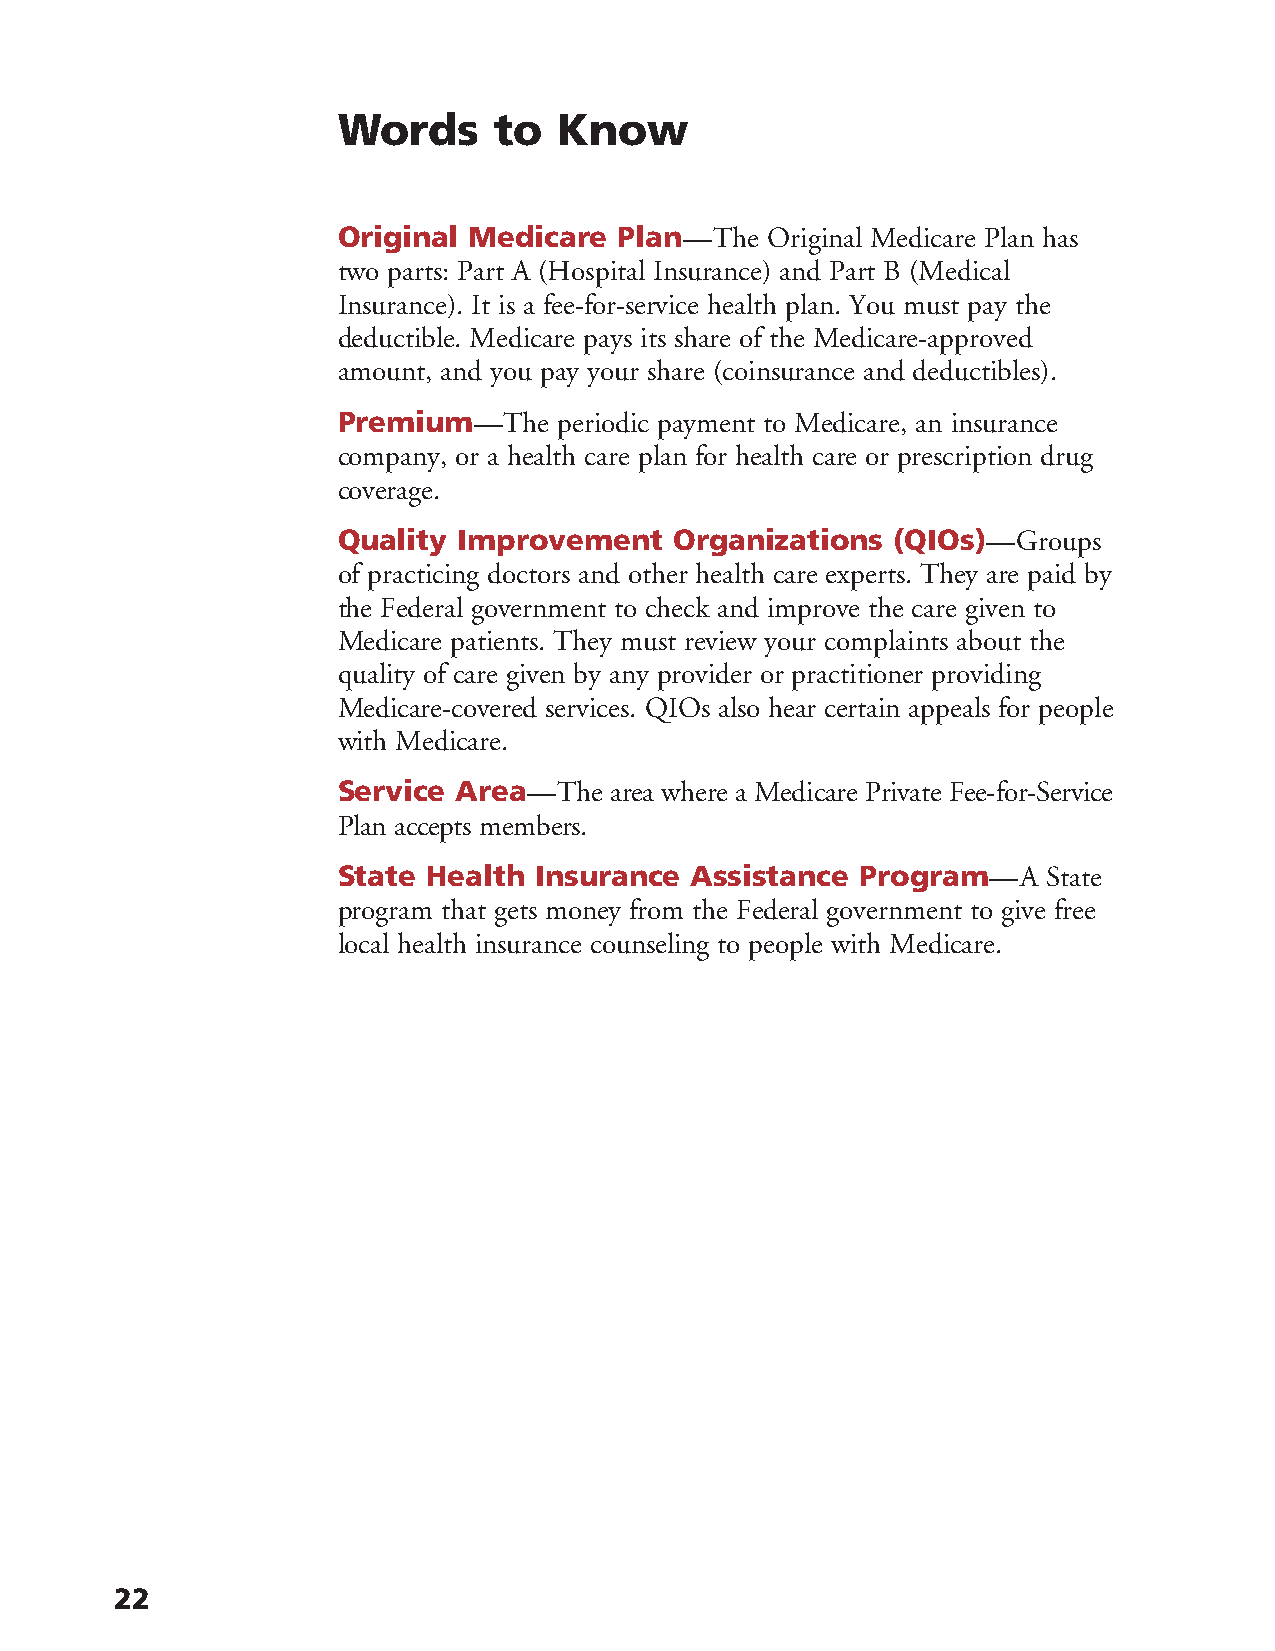
Words      to  Know
 Original Medicare  Plan—The  Original Medicare Plan has
 two parts: Part A (Hospital Insurance) and Part B (Medical
 Insurance). It is a fee-for-service health plan. You must pay the
 deductible. Medicare pays its share of the Medicare-approved
 amount, and you pay your share (coinsurance and deductibles).
 Premium—The    periodic payment to Medicare, an insurance
 company, or a health care plan for health care or prescription drug
 coverage.
 Quality Improvement    Organizations (QIOs)—Groups
 of practicing doctors and other health care experts. They are paid by
 the Federal government to check and improve the care given to
 Medicare patients. They must review your complaints about the
 quality of care given by any provider or practitioner providing
 Medicare-covered services. QIOs also hear certain appeals for people
 with Medicare.
 Service Area—The  area where a Medicare Private Fee-for-Service
 Plan accepts members.
 State Health Insurance  Assistance Program—A   State
 program that gets money from the Federal government to give free
 local health insurance counseling to people with Medicare.
 22